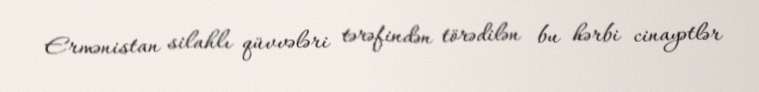
Ermənistan silahlı qüvvələri tərəfindən törədilən bu hərbi cinayətlər